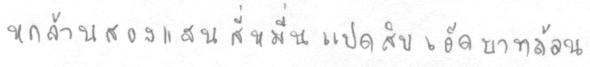
หกล้านสองแสนสี่หมื่นแปดสิบเอ็ดบาทถ้วน